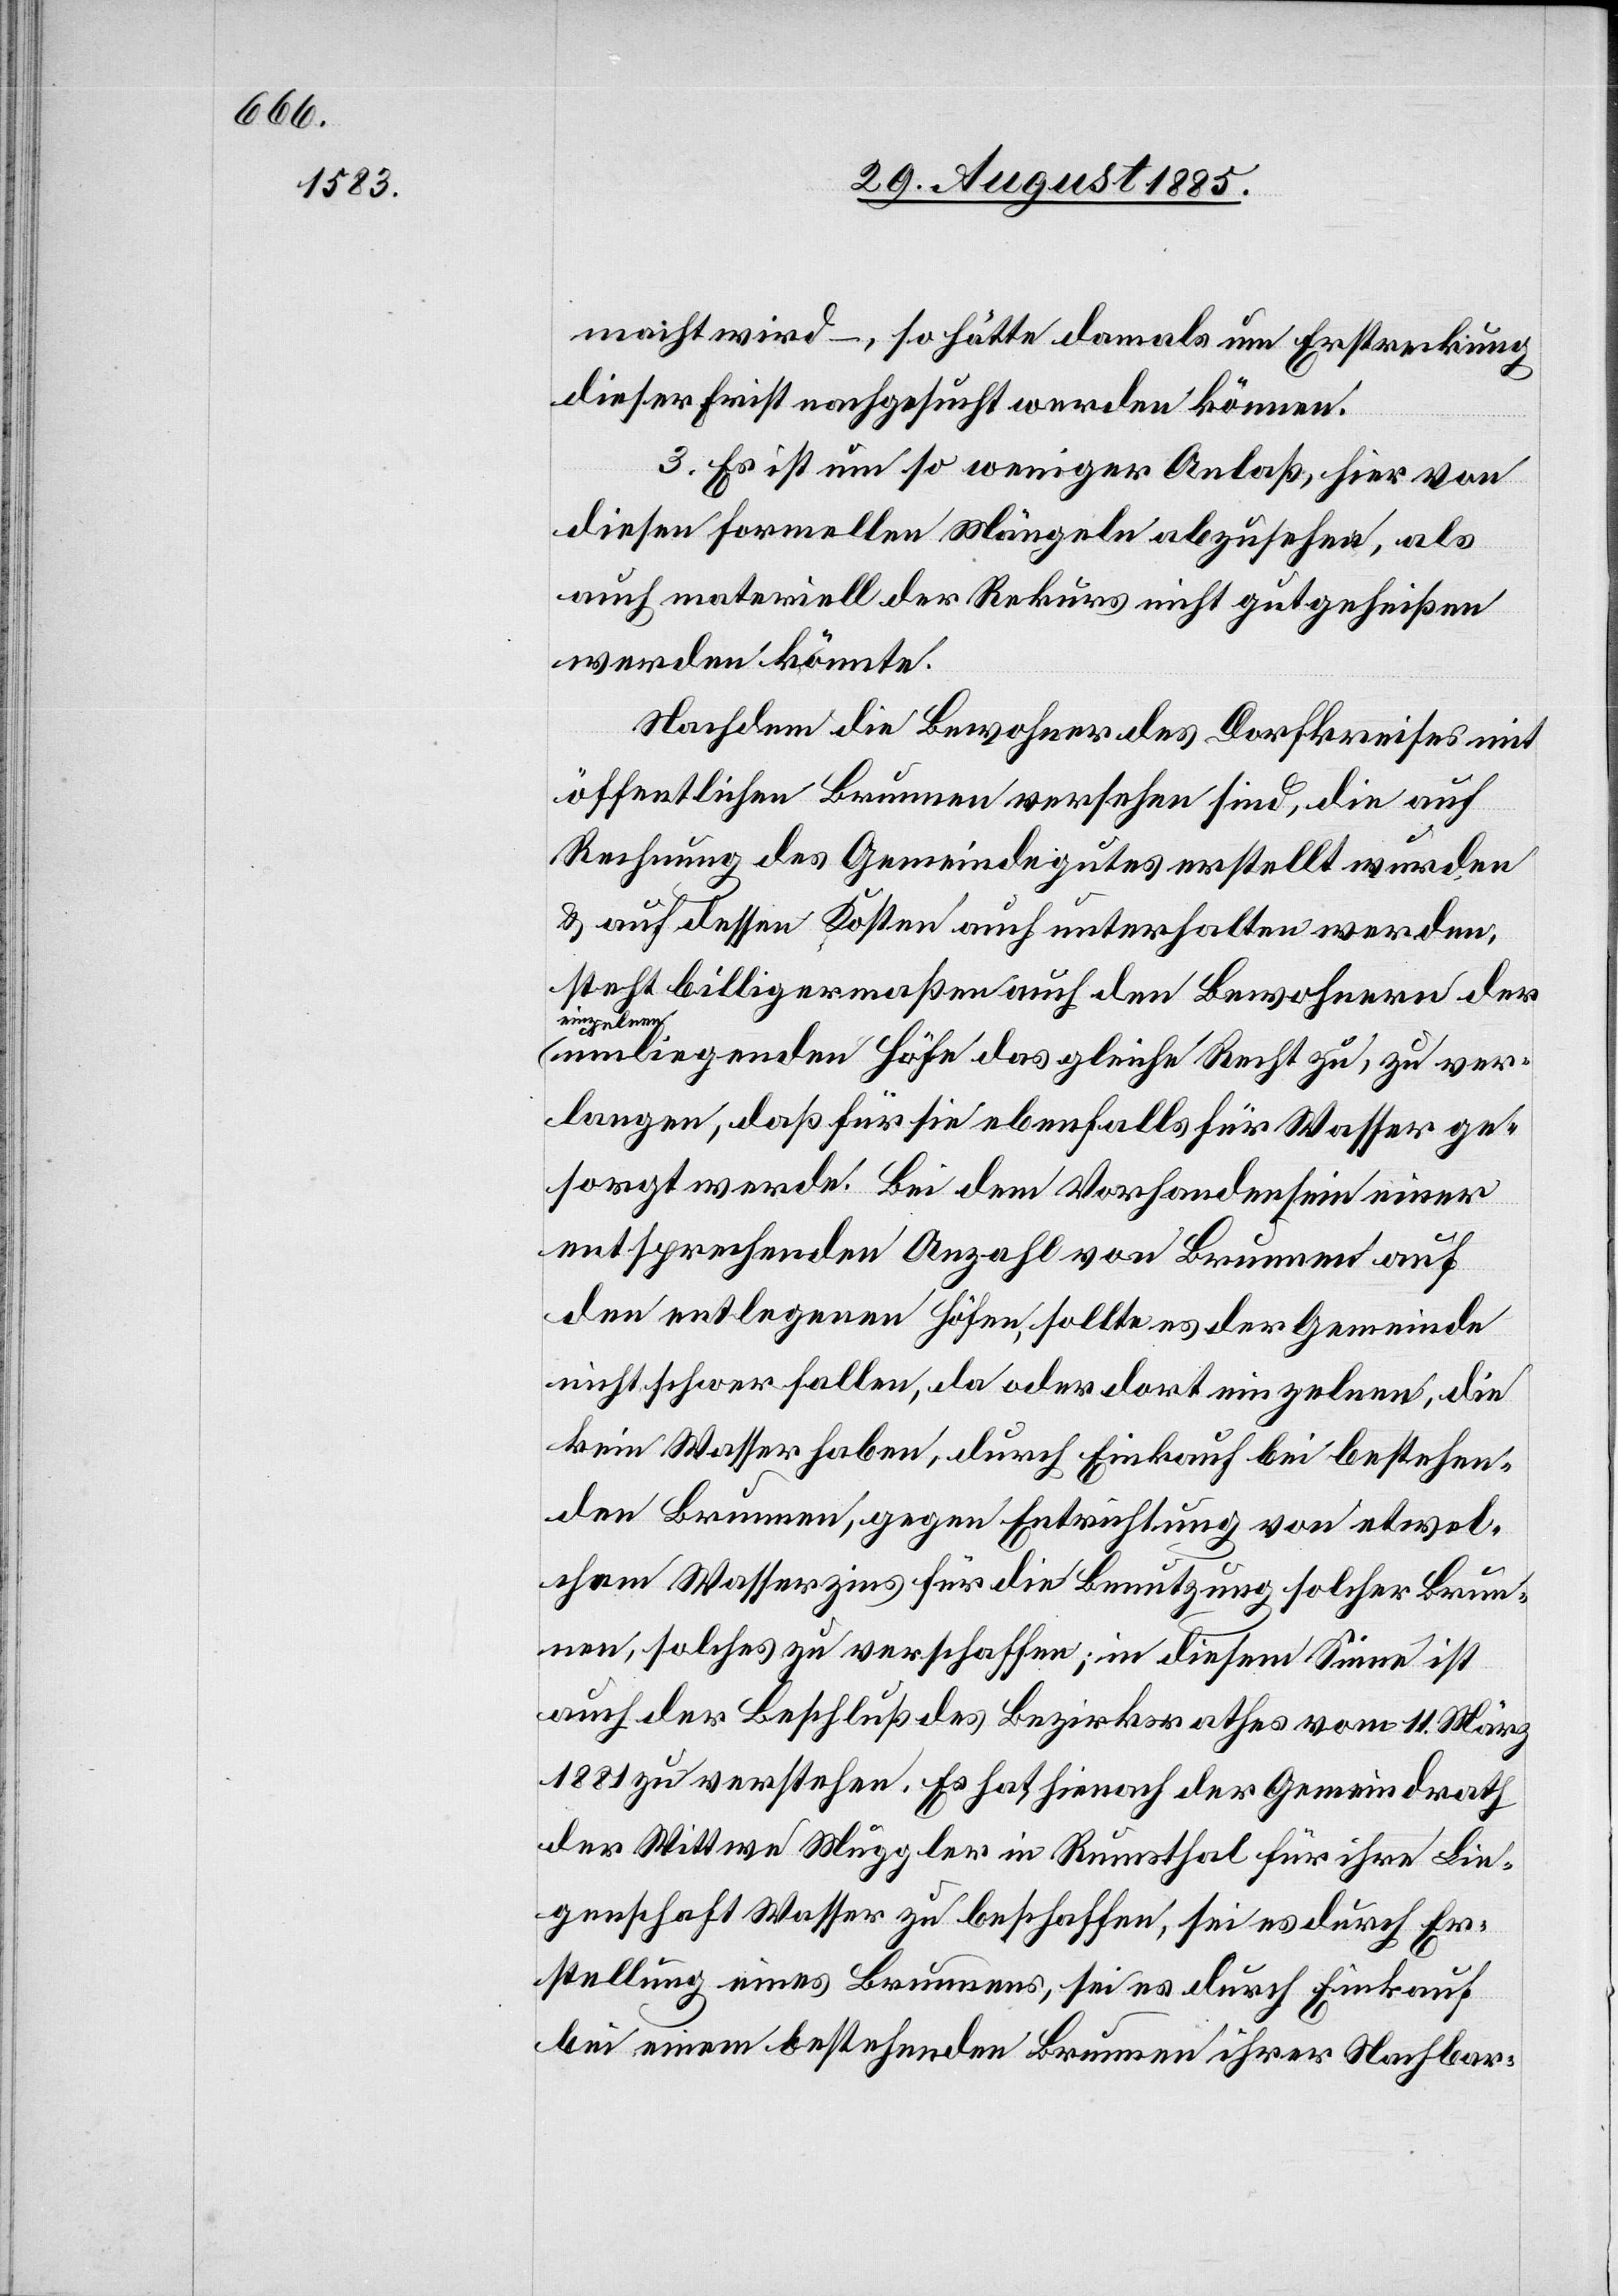
macht wird –, so hätte damals um Erstreckung
dieser Frist nachgesucht werden können.
3. Es ist um so weniger Anlaß, hier von
diesen formellen Mängeln abzusehen, als
auch materiell der Rekurs nicht gutgeheißen
werden könnte.
Nachdem die Bewohner des Dorfkreises mit
öffentlichen Brunnen versehen sind, die auf
Rechnung des Gemeindegutes erstellt wurden
& auf dessen Kosten auch unterhalten werden,
steht billigermaßen auch den Bewohnern der
a-einzelnen-a
umliegenden Höfe das gleiche Recht zu, zu ver¬
langen, daß für sie ebenfalls für Wasser ge¬
sorgt werde. Bei dem Vorhandensein einer
entsprechenden Anzahl von Brunnen auf
den entlegenen Höfen, sollte es der Gemeinde
nicht schwer fallen, da oder dort einzelnen, die
kein Wasser haben, durch Einkauf bei bestehen¬
den Brunnen, gegen Entrichtung von etwel¬
chem Wasserzins für die Benutzung solcher Brun¬
nen, solches zu verschaffen; in diesem Sinne ist
auch der Beschluß des Bezirksrathes vom 11. März
1881 zu verstehen. Es hat, hienach der Gemeindrath
der Wittwe Muggler in Rumsthal für ihre Lie¬
genschaft Wasser zu beschaffen, sei es durch Er¬
stellung eines Brunnens, sei es durch Einkauf
bei einem bestehenden Brunnen ihrer Nachbar-